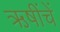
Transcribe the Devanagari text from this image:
ऋषींचें